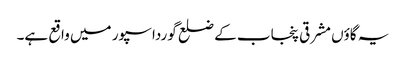
یہ گاؤں مشرقی پنجاب کے ضلع گورداسپور میں واقع ہے۔